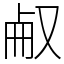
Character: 㕟